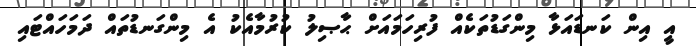
އީ އިން ކަނޑައަޅާ މިންގަޑުތަކެއް ފުރިހަމައަށް ޙާޞިލު ކުރުމާއެކު އެ މިންގަނޑުތައް ދަމަހައްޓައި